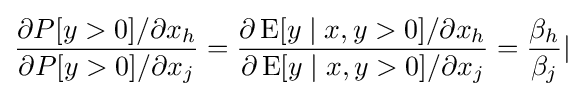
{\frac {\partial P[y>0]/\partial x_{h}}{\partial P[y>0]/\partial x_{j}}}={\frac {\partial \operatorname {E} [y\mid x,y>0]/\partial x_{h}}{\partial \operatorname {E} [y\mid x,y>0]/\partial x_{j}}}={\frac {\beta _{h}}{\beta _{j}}}|